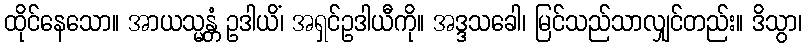
ထိုင်နေသော။ အာယသ္မန္တံ ဥဒါယိံ၊ အရှင်ဥဒါယီကို။ အဒ္ဒသခေါ၊ မြင်သည်သာလျှင်တည်း။ ဒိသွာ၊